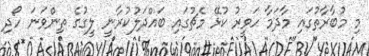
މި މުބާރާތުގައި މާދަމާ ހަވީރު ކުޅޭ މެޗުގައި ބައްދަލުކުރާނީ ލީގުގެ ތިންވަނަ ހޯދި